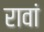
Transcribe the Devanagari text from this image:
रावां